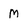
Character: M